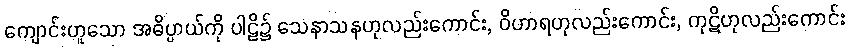
ကျောင်းဟူသော အဓိပ္ပာယ်ကို ပါဠိ၌ သေနာသနဟုလည်းကောင်း, ဝိဟာရဟုလည်းကောင်း, ကုဋိဟုလည်းကောင်း